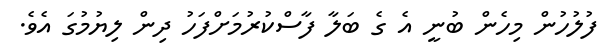
ފުލުހުން މިހެން ބުނީ އެ ގެ ބަލާ ފާސްކުރުމަށްފަހު ދިން ލިޔުމުގަ އެވެ.